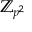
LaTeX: \mathbb { Z } _ { p ^ { 2 } }